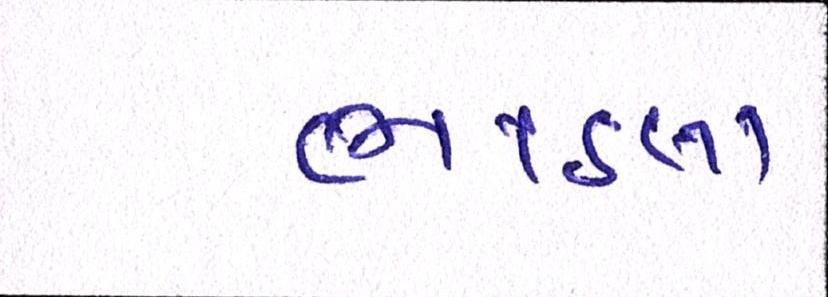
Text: ભાડલા